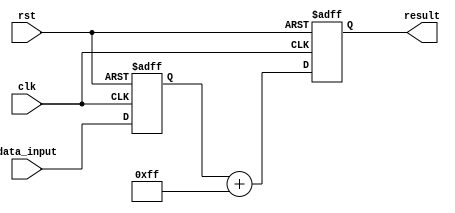
module Shift_Add_Register (
    input clk,
    input rst,
    input [7:0] data_input,
    output reg [7:0] result
);

reg [7:0] shift_register;
reg [7:0] constant_value = 8'hFF; // constant value for addition

always @(posedge clk or posedge rst) begin
    if (rst) begin
        shift_register <= 8'b00000000;
    end else begin
        shift_register <= {shift_register[6:0], data_input};
    end
end

always @(posedge clk or posedge rst) begin
    if (rst) begin
        result <= 8'b00000000;
    end else begin
        result <= shift_register + constant_value;
    end
end

endmodule